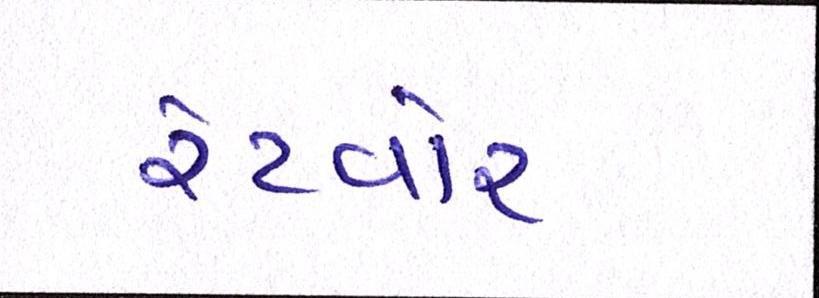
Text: રેટવોર